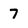
Character: 7